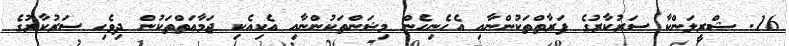
16. ޝްރީލަންކާ ސަރުކާރުގެ ފަރާތްތަކުންނާއި އެހެނިހެން މިޝަންތަކުންނާއި އެކިއެކި ޖަމާޢަތްތަކުން ދިވެހި ސަރުކާރުގެ